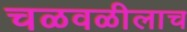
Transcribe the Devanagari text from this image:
चळवळीलाच